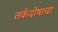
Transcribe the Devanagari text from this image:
तर्कदोषाचा